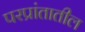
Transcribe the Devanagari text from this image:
परप्रांतातील